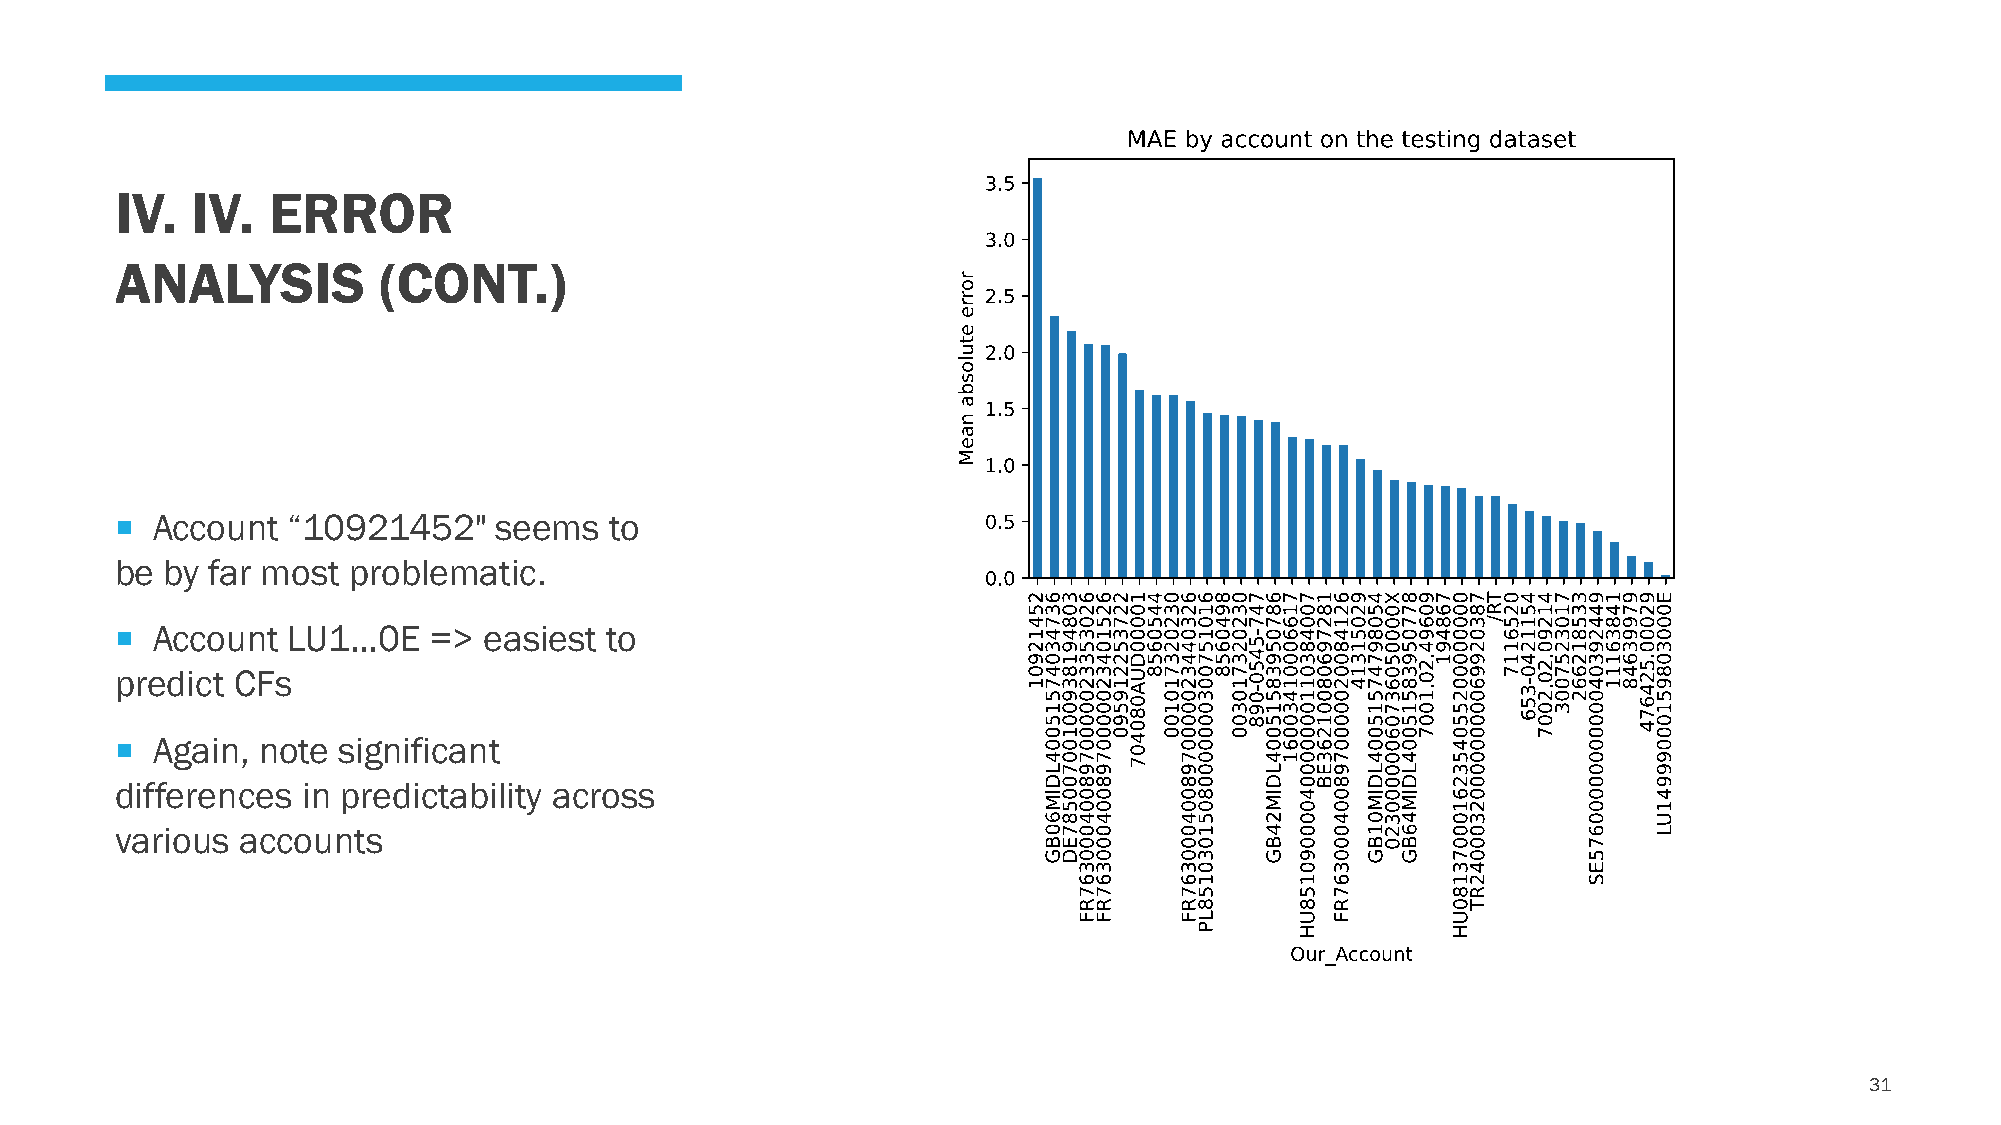
IV.  IV.  ERROR
 ANALYSIS         (CONT.)
  Account  “10921452"    seems  to
 be by far most problematic.
  Account  LU1…0E    => easiest to
 predict CFs
  Again, note significant
 differences in predictability across
 various accounts
 31